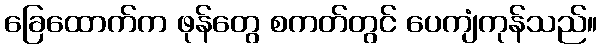
ခြေထောက်က ဖုန်တွေ စကတ်တွင် ပေကျံကုန်သည်။